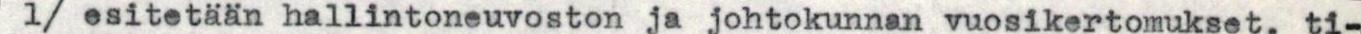
1/ esitetään hallintoneuvoston ja johtokunnan vuosikertomukset, ti-